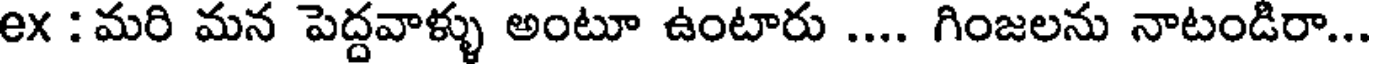
ex : మరి మన పెద్దవాళ్ళు అంటూ ఉంటారు .... గింజలను నాటండిరా...